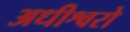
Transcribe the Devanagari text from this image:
अधीश्वरो